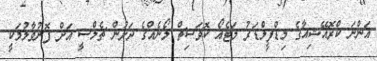
އަންނަ ކްރޮއޭޝިއާގެ މިޑްފީލްޑަރު މަޓެއޯ ކޮވަސިޗް ލޯނެއްގެ ދަށުން ޗެލްސީ އަށް ފޮނުވާލުމަކީ